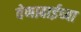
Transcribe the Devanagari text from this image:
वेणाबाईच्या